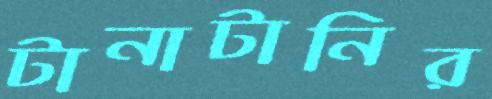
টানাটানির